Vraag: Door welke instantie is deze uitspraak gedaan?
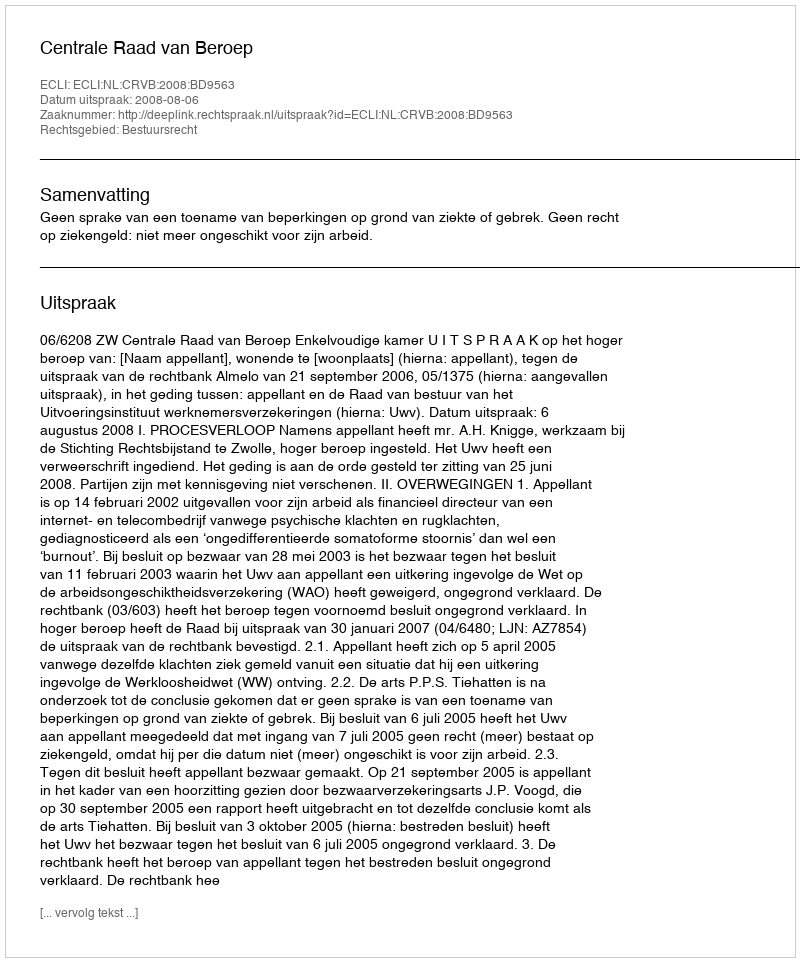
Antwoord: Centrale Raad van Beroep